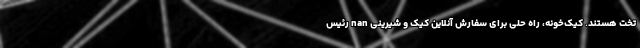
تخت هستند. کیکِ‌خونه، راه حلی برای سفارش آنلاین کیک و شیرینی nan رئیس